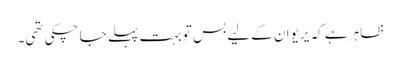
ظاہر ہے کہ یریوان کے لیے بس تو بہت پہلے جا چکی تھی۔